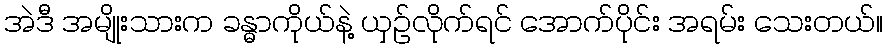
အဲဒီ အမျိုးသားက ခန္ဓာကိုယ်နဲ့ ယှဉ်လိုက်ရင် အောက်ပိုင်း အရမ်း သေးတယ်။